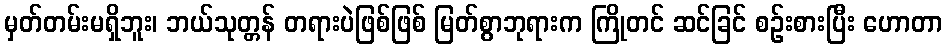
မှတ်တမ်းမရှိဘူး၊ ဘယ်သုတ္တန် တရားပဲဖြစ်ဖြစ် မြတ်စွာဘုရားက ကြိုတင် ဆင်ခြင် စဉ်းစားပြီး ဟောတာ